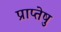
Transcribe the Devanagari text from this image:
प्राप्तेषु